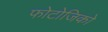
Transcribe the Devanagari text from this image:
फोटोजिको